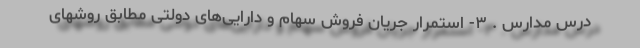
درس مدارس . ۳- استمرار جریان فروش سهام و دارایی‌های دولتی مطابق روشهای